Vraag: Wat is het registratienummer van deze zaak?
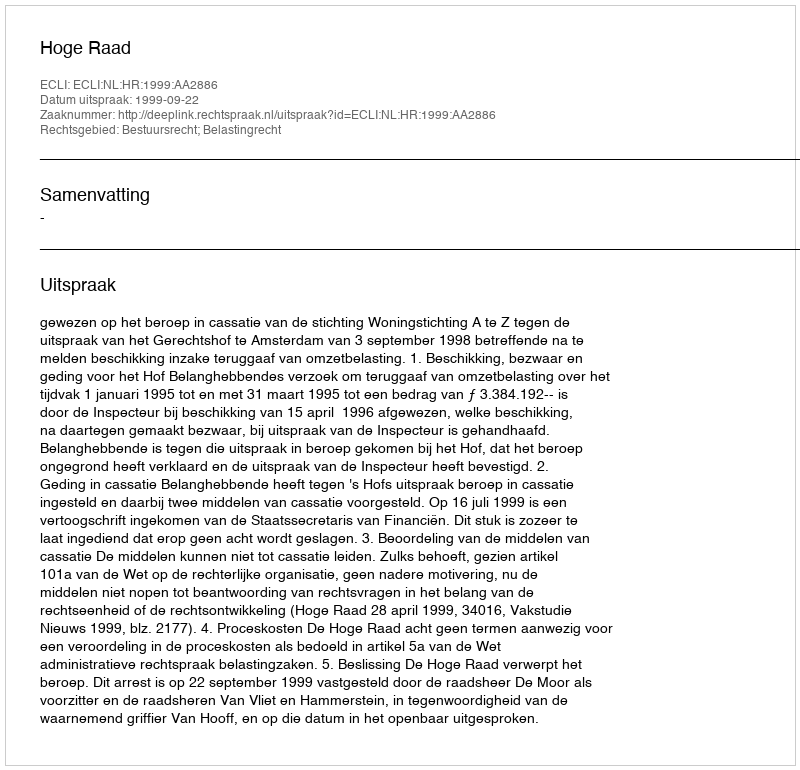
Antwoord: http://deeplink.rechtspraak.nl/uitspraak?id=ECLI:NL:HR:1999:AA2886